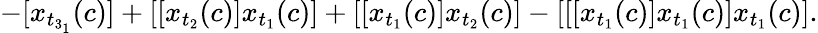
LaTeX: -[x_{t_{3_{1}}}(c)]+[[x_{t_{2}}(c)]x_{t_{1}}(c)]+[[x_{t_{1}}(c)]x_{t_{2}}(c)]-[[[x_{t_{1}}(c)]x_{t_{1}}(c)]x_{t_{1}}(c)].